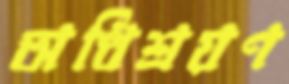
অধিশ্রয়ণ